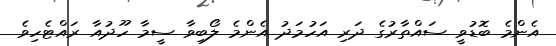
އެންމެ ބޮޑުވީ ސައްތާރުގެ ދަރި އަހުމަދު އެންމެ ލޯބިވާ ސީމާ ހޫދުއާ ރައްޓެހިވެ